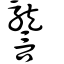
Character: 讋